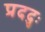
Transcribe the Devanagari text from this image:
प्रददुः